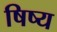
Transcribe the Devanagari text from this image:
षिष्य